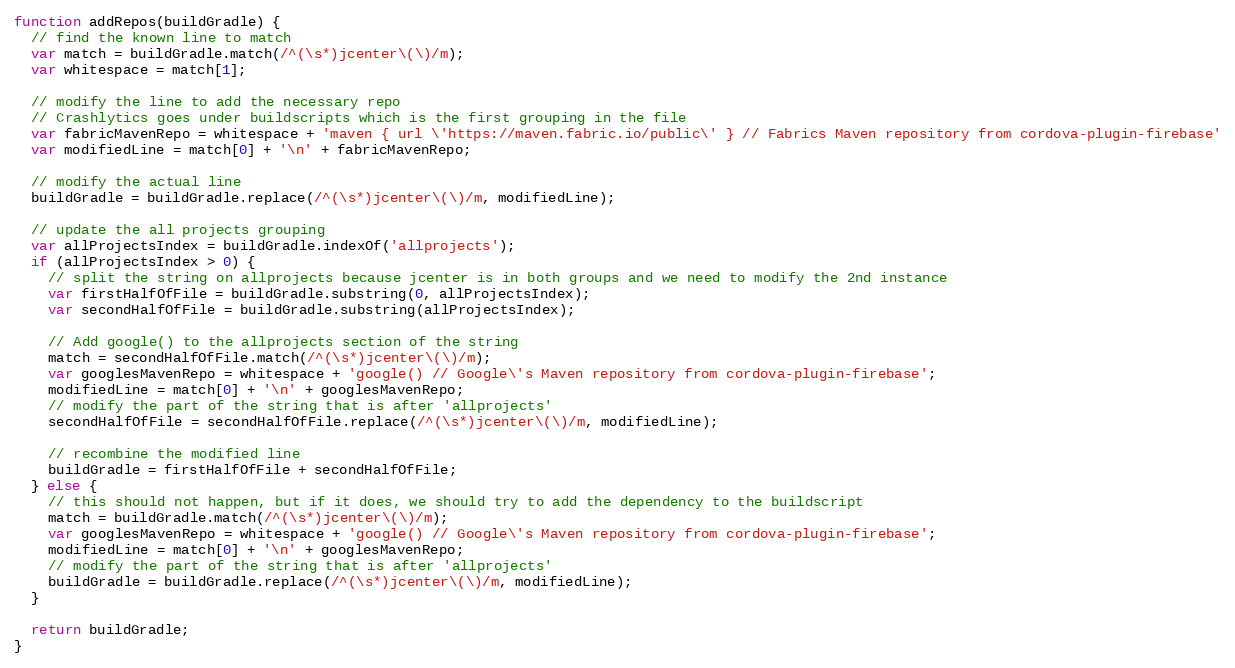
Language: JavaScript
function addRepos(buildGradle) {
  // find the known line to match
  var match = buildGradle.match(/^(\s*)jcenter\(\)/m);
  var whitespace = match[1];

  // modify the line to add the necessary repo
  // Crashlytics goes under buildscripts which is the first grouping in the file
  var fabricMavenRepo = whitespace + 'maven { url \'https://maven.fabric.io/public\' } // Fabrics Maven repository from cordova-plugin-firebase'
  var modifiedLine = match[0] + '\n' + fabricMavenRepo;

  // modify the actual line
  buildGradle = buildGradle.replace(/^(\s*)jcenter\(\)/m, modifiedLine);

  // update the all projects grouping
  var allProjectsIndex = buildGradle.indexOf('allprojects');
  if (allProjectsIndex > 0) {
    // split the string on allprojects because jcenter is in both groups and we need to modify the 2nd instance
    var firstHalfOfFile = buildGradle.substring(0, allProjectsIndex);
    var secondHalfOfFile = buildGradle.substring(allProjectsIndex);

    // Add google() to the allprojects section of the string
    match = secondHalfOfFile.match(/^(\s*)jcenter\(\)/m);
    var googlesMavenRepo = whitespace + 'google() // Google\'s Maven repository from cordova-plugin-firebase';
    modifiedLine = match[0] + '\n' + googlesMavenRepo;
    // modify the part of the string that is after 'allprojects'
    secondHalfOfFile = secondHalfOfFile.replace(/^(\s*)jcenter\(\)/m, modifiedLine);

    // recombine the modified line
    buildGradle = firstHalfOfFile + secondHalfOfFile;
  } else {
    // this should not happen, but if it does, we should try to add the dependency to the buildscript
    match = buildGradle.match(/^(\s*)jcenter\(\)/m);
    var googlesMavenRepo = whitespace + 'google() // Google\'s Maven repository from cordova-plugin-firebase';
    modifiedLine = match[0] + '\n' + googlesMavenRepo;
    // modify the part of the string that is after 'allprojects'
    buildGradle = buildGradle.replace(/^(\s*)jcenter\(\)/m, modifiedLine);
  }

  return buildGradle;
}